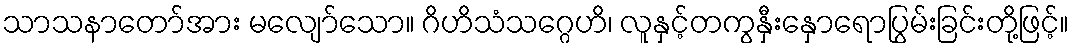
သာသနာတော်အား မလျော်သော။ ဂိဟိသံသဂ္ဂေဟိ၊ လူနှင့်တကွနှီးနှောရောပြွမ်းခြင်းတို့ဖြင့်။